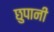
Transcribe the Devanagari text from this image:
छुपानी